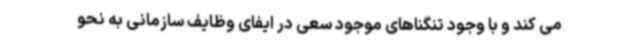
می کند و با وجود تنگناهای موجود سعی در ایفای وظایف سازمانی به نحو